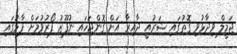
ޖަމީލް ވިދާޅުވި ގޮތުގައި ޝަރުއީ ދާއިރާ އަށް ގޮންޖަހައި ނުފޫޒު ފޯރުވުމަށް ފާޅުގައި